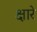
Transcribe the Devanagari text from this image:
क्षारे